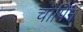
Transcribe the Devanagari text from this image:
चौपिन